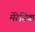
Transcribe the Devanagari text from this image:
मेरेडिक